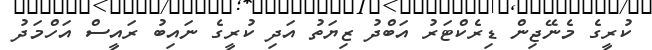
ކުރީގެ މެނޭޖިން ޑިރެކްޓަރު އަބްދު ޒިޔަތު އަދި ކުރީގެ ނައިބު ރައީސް އަހްމަދު